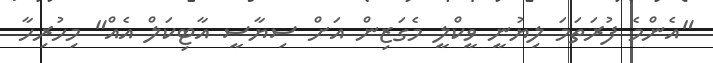
"އެންމެ ފުރަތަމަ ލިޔުނީ ވީކްލީ މެގަޒިން އަށް ސިޔާސީ އާޓިކަލް އެއް" މިހުރިހާ